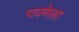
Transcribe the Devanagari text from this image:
पावणेसहा